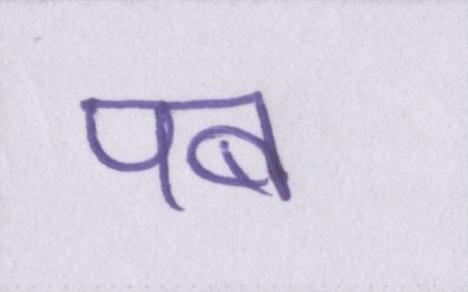
पब